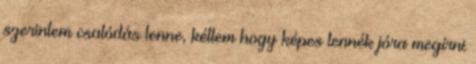
szerintem csalódás lenne, kétlem hogy képes lennék jóra megírni